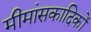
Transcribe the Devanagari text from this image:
मीमांसकादिकों